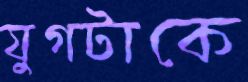
যুগটাকে